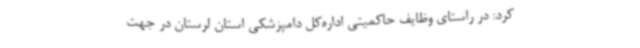
کرد: در راستای وظایف حاکمیتی اداره‌کل دامپزشکی استان لرستان در جهت